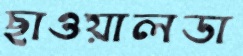
ছাওয়ালডা